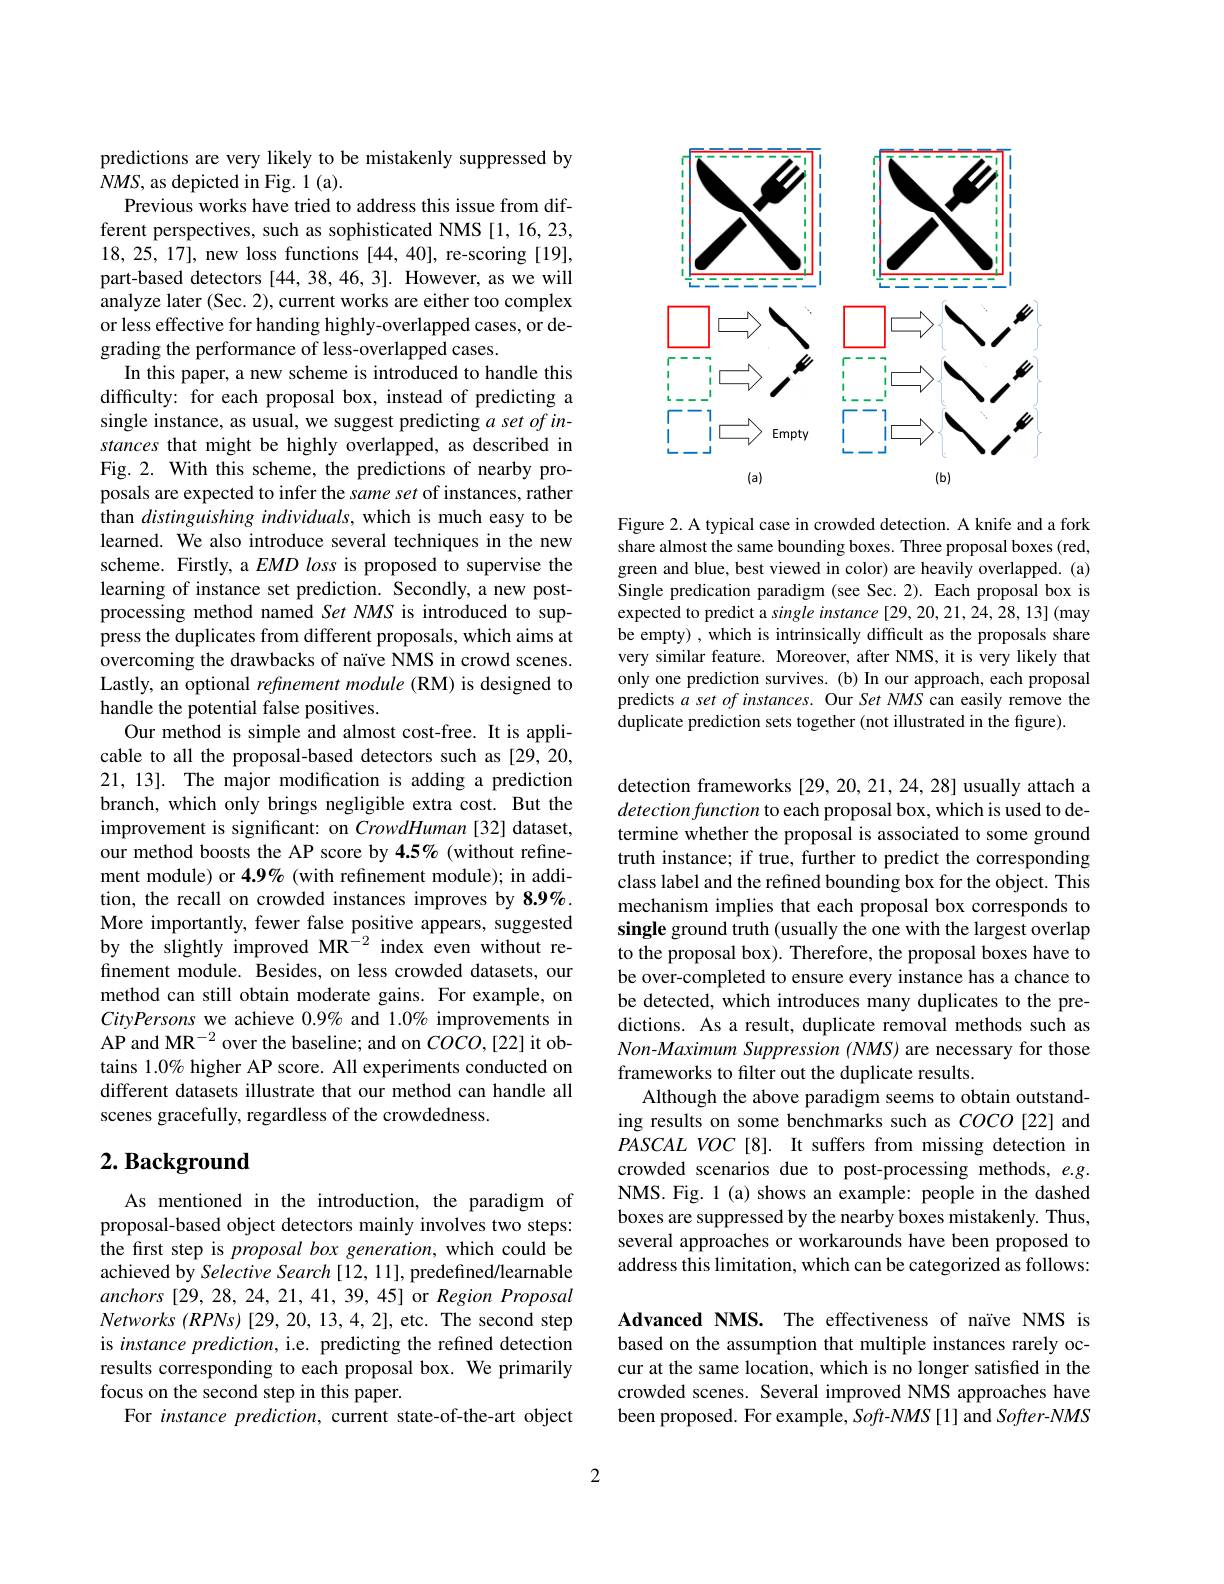
predictions are very likely to be mistakenly suppressed by
$NMS$, as depicted in Fig. 1 (a).
Previous works have tried to address this issue from different perspectives, such as sophisticated NMS [1,16,23, 18,25,17], new loss functions [44,40], re-scoring [19], part-based detectors [44,38,46,3]. However, as we will analyze later (Sec. 2), current works are either too complex or less effective for handing highly-overlapped cases, or degrading the performance of less-overlapped cases.
In this paper, a new scheme is introduced to handle this difficulty: for each proposal box, instead of predicting a single instance, as usual, we suggest predicting $a\textit{set of in- }$ stances that might be highly overlapped, as described in Fig. 2. With this scheme, the predictions of nearby proposals are expected to infer the same set of instances, rather than distinguishing individuals, which is much easy to be learned. We also introduce several techniques in the new scheme. Firstly, a $EMD$ loss is proposed to supervise the learning of instance set prediction. Secondly, a new postprocessing method named Set NMS is introduced to suppress the duplicates from different proposals, which aims at overcoming the drawbacks of naïve NMS in crowd scenes. Lastly, an optional refinement module (RM) is designed to handle the potential false positives.
Our method is simple and almost cost-free. It is applicable to all the proposal-based detectors such as [29,20, 21, 13]. The major modification is adding a prediction branch, which only brings negligible extra cost. But the improvement is significant: on CrowdHuman[32] dataset, our method boosts the AP score by 4.5% (without refinement module) or $4.9\%$ (with refinement module); in addition, the recall on crowded instances improves by 8.9%. More importantly, fewer false positive appears, suggested by the slightly improved MR$^{-2}$ index even without refinement module. Besides, on less crowded datasets, our method can still obtain moderate gains. For example, on CityPersons we achieve $0.9\%$ and 1.0% improvements in AP and MR$^-2$ over the baseline; and on $COCO,[22]$ it obtains 1.0% higher AP score. All experiments conducted on different datasets illustrate that our method can handle all scenes gracefully, regardless of the crowdedness.

# $2. \textbf{ Background}$

As mentioned in the introduction, the paradigm of proposal-based object detectors mainly involves two steps: the first step is proposal box generation, which could be achieved by Selective Search [12, 11], predefined/learnable anchors [29,28,24,21,41,39,45] or Region Proposal $Networks~(RPNs)~[29,20,13,4,2],~$etc. The second step is instance prediction, i.e. predicting the refined detection results corresponding to each proposal box. We primarily focus on the second step in this paper.
For instance prediction, current state-of-the-art object

<FigureHere>

Figure 2. A typical case in crowded detection. A knife and a fork share almost the same bounding boxes. Three proposal boxes (red, green and blue, best viewed in color) are heavily overlapped. (a) Single predication paradigm (see Sec.2). Each proposal box is expected to predict a single instance [29, 20, 21, 24, 28, 13] (may be empty) , which is intrinsically difficult as the proposals share very similar feature. Moreover, after NMS, it is very likely that only one prediction survives. (b) In our approach, each proposal predicts $a$ set of instances. Our Set NMS can easily remove the duplicate prediction sets together (not illustrated in the figure).

detection frameworks [29,20,21,24,28] usually attach a detection function to each proposal box, which is used to determine whether the proposal is associated to some ground truth instance; if true, further to predict the corresponding class label and the refined bounding box for the object. This mechanism implies that each proposal box corresponds to single ground truth (usually the one with the largest overlap to the proposal box). Therefore, the proposal boxes have to be over-completed to ensure every instance has a chance to be detected, which introduces many duplicates to the predictions. As a result, duplicate removal methods such as Non-Maximum Suppression (NMS) are necessary for those frameworks to filter out the duplicate results.
Although the above paradigm seems to obtain outstanding results on some benchmarks such as COCO [22] and PASCAL VOC[8]. It suffers from missing detection in crowded scenarios due to post-processing methods, e.g. NMS. Fig. 1 (a) shows an example: people in the dashed boxes are suppressed by the nearby boxes mistakenly. Thus, several approaches or workarounds have been proposed to address this limitation, which can be categorized as follows:

Advanced NMS. The effectiveness of naïve NMS is based on the assumption that multiple instances rarely occur at the same location, which is no longer satisfied in the crowded scenes. Several improved NMS approaches have been proposed. For example, Soft-NMS[1] and Softer-NMS

2